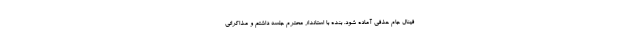
فینال جام حذفی آماده شود. بنده با استاندار محترم جلسه داشتم و مذاکراتی